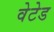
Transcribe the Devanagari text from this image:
वेटेड